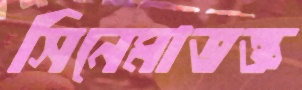
সিনেমাভক্ত